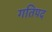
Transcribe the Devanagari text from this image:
गतिपद